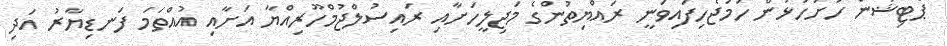
ޕެޓިޝަން ހުށަހަޅަން ހަމަޖެހިފައިވަނީ ރައްޔިތުންގެ މަޖިލީހަށާއި ރައިސުލްޖުމްހޫރިއްޔާ އަށާއި އުއްތަމަ ފަނޑިޔާރު އަދި